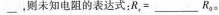
___，则未知电阻的表达式：R_{1}=___R_{0}。